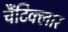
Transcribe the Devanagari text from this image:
चैंटिक्लार